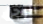
الرجل